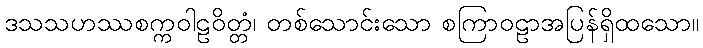
ဒသသဟဿစက္ကဝါဠဝိတ္တံ၊ တစ်သောင်းသော စကြာဝဠာအပြန်ရှိထသော။